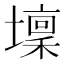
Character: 壈